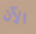
الآن